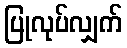
ပြုလုပ်လျှက်